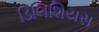
ડિલિશિયસ